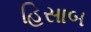
હિસાબ